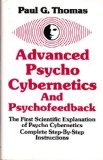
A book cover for Advanced Psycho Cybernetics and Psychofeedback; Paul G. Thomas; Sports & Outdoors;